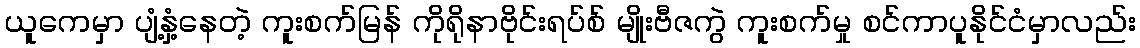
ယူကေမှာ ပျံ့နှံ့နေတဲ့ ကူးစက်မြန် ကိုရိုနာဗိုင်းရပ်စ် မျိုးဗီဇကွဲ ကူးစက်မှု စင်ကာပူနိုင်ငံမှာလည်း